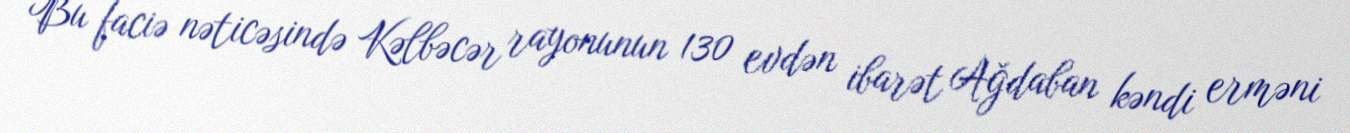
Bu faciə nəticəsində Kəlbəcər rayonunun 130 evdən ibarət Ağdaban kəndi erməni